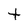
Character: t